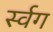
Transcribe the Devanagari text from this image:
र्स्वग